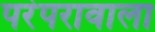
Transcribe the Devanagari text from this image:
परंपरावाला